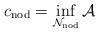
LaTeX: \begin{align*} c_\mathrm{nod} = \inf_{\mathcal{N}_{\mathrm{nod}}} \mathcal{A}\end{align*}